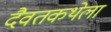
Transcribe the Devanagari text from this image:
दैवतकथेला